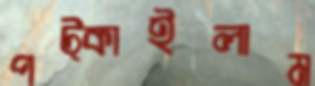
পট্‌কাইলাম